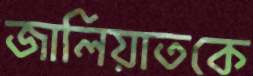
জালিয়াতকে